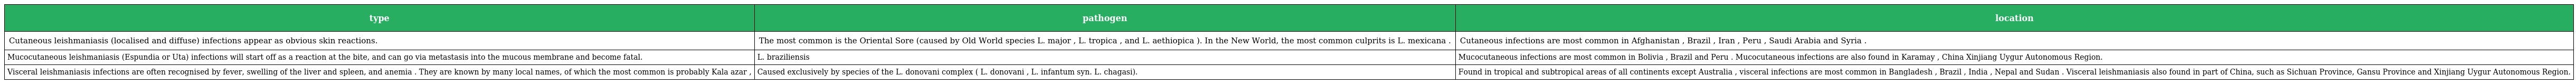
| type | pathogen | location |
 | --- | --- | --- |
 | Cutaneous leishmaniasis (localised and diffuse) infections appear as obvious skin reactions. | The most common is the Oriental Sore (caused by Old World species L. major , L. tropica , and L. aethiopica ). In the New World, the most common culprits is L. mexicana . | Cutaneous infections are most common in Afghanistan , Brazil , Iran , Peru , Saudi Arabia and Syria . |
 | Mucocutaneous leishmaniasis (Espundia or Uta) infections will start off as a reaction at the bite, and can go via metastasis into the mucous membrane and become fatal. | L. braziliensis | Mucocutaneous infections are most common in Bolivia , Brazil and Peru . Mucocutaneous infections are also found in Karamay , China Xinjiang Uygur Autonomous Region. |
 | Visceral leishmaniasis infections are often recognised by fever, swelling of the liver and spleen, and anemia . They are known by many local names, of which the most common is probably Kala azar , | Caused exclusively by species of the L. donovani complex ( L. donovani , L. infantum syn. L. chagasi). | Found in tropical and subtropical areas of all continents except Australia , visceral infections are most common in Bangladesh , Brazil , India , Nepal and Sudan . Visceral leishmaniasis also found in part of China, such as Sichuan Province, Gansu Province and Xinjiang Uygur Autonomous Region. |